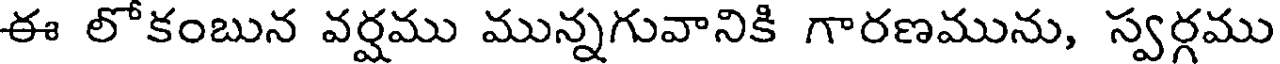
ఈ లోకంబున వర్షము మున్నగువానికి గారణమును, స్వర్గము